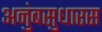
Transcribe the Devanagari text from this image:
अनुंबसुधारस